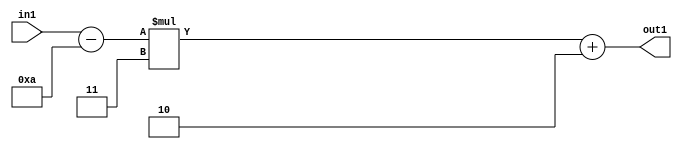
`timescale 1ps / 1ps
/*****************************************************************************
    Verilog RTL Description
    
    
    Created by: Stratus DpOpt 21.05.01 
*******************************************************************************/

module SobelFilter_Add2i2Mul2i3Subi10s6_1 (
	in1,
	out1
	); /* architecture "behavioural" */ 
input [5:0] in1;
output [5:0] out1;
wire [5:0] asc001,
	asc002;

assign asc002 = 
	+(in1)
	-(6'B001010);

wire [5:0] asc001_tmp_0;
assign asc001_tmp_0 = 
	+(asc002 * 6'B000011);
assign asc001 = asc001_tmp_0
	+(6'B000010);

assign out1 = asc001;
endmodule

/* CADENCE  uLH3TQ8= : u9/ySxbfrwZIxEzHVQQV8Q== ** DO NOT EDIT THIS LINE ******/